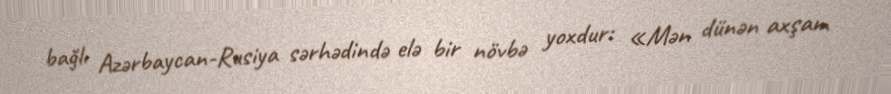
bağlı Azərbaycan-Rusiya sərhədində elə bir növbə yoxdur: «Mən dünən axşam